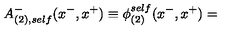
A _ { ( 2 ) , s e l f } ^ { - } ( x ^ { - } , x ^ { + } ) \equiv { \phi } _ { ( 2 ) } ^ { s e l f } ( x ^ { - } , x ^ { + } ) =